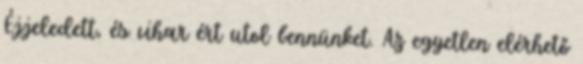
Éjjeledett, és vihar ért utol bennünket. Az egyetlen elérhető